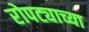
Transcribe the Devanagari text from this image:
रोपट्याच्या